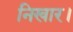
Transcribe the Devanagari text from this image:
निखार।